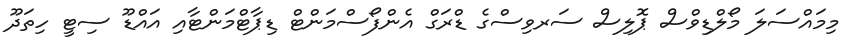
މިމައްސަލަ މޯލްޑިވްސް ޕޮލިސް ސަރވިސްގެ ޑްރަގް އެންފޯސްމަންޓް ޑިޕާޓްމަންޓާއި އައްޑޫ ސިޓީ ހިތަދޫ